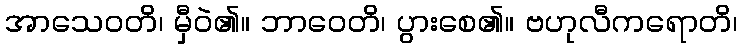
အာသေဝတိ၊ မှီဝဲ၏။ ဘာဝေတိ၊ ပွားစေ၏။ ဗဟုလီကရောတိ၊